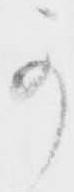
可